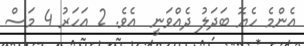
އެންމެ ހެޔޮ ބަދަލު ދެއްވަނީ  އެވެ. 2 އަހަރު 4 މަސް